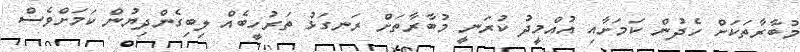
މުބާރާތަކަށް ހެދުން ކަމަށާއި އުއްމީދު ކުރަނީ މުބާރާތަށް ރަނގަޅު ތަރުހީބެއް ލިބިގެންދިޔުން ކަމަށްވެސް